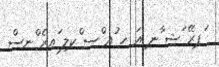
ަޕރޭ ަޝ ާނ ިއަ ހ ުއ ްސ ްކލި ައރެ ްނސް